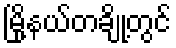
မြို့နယ်တချို့တွင်